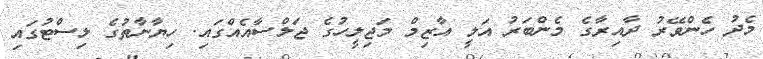
މެދު ހެންވޭރު ދާއިރާގެ މެންބަރު އަލީ އާޒިމް މަޖިލީހުގެ ޖަލްސާއެއްގައި. ހިޔާނާތުގެ ލިސްޓުގައި